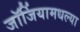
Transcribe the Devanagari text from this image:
जॉर्जियामधल्या